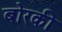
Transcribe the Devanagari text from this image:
बोरकी